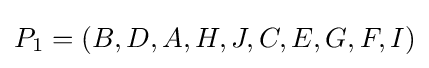
P_{1}=\left(B,D,A,H,J,C,E,G,F,I\right)